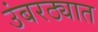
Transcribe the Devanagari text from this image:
उंबरठ्यात